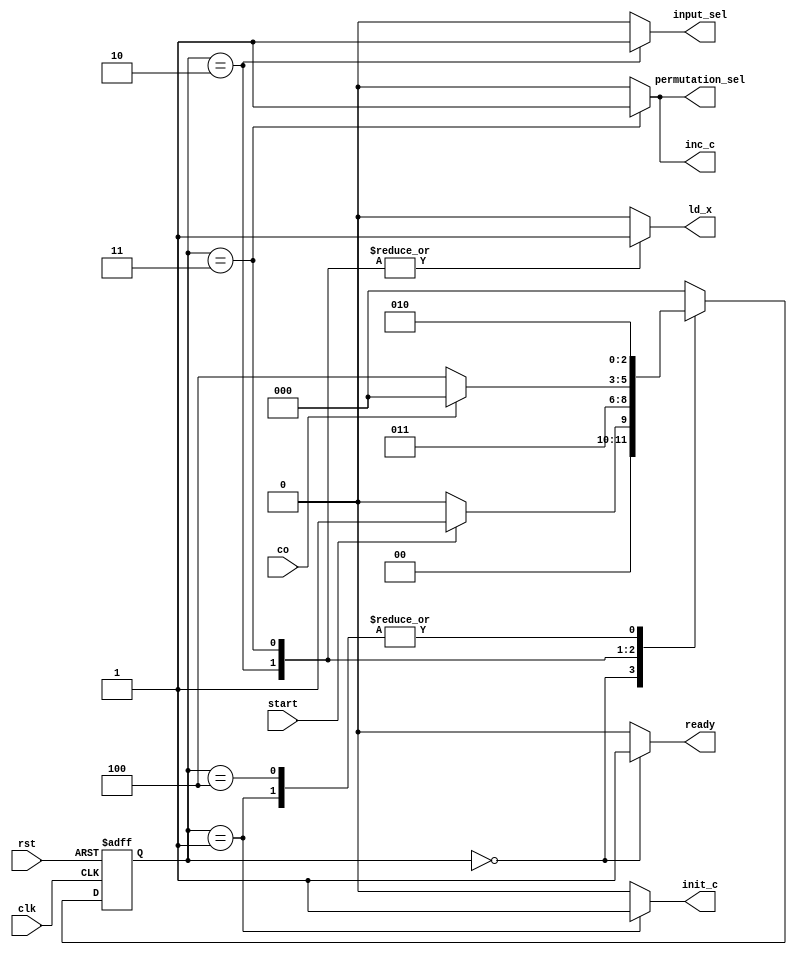
`timescale 1ns/1ns
module permutation_CU (
    input clk, rst, start, co,
    output reg ready, input_sel, permutation_sel, init_c, inc_c, ld_x
);
    parameter[2:0] idle=0, init=1, load_input=2, load_permutation=3, flush=4;
    reg[2:0] pstate, nstate;

    always@ (start, co, pstate) begin

        nstate = 3'b0;
        {ready, input_sel, permutation_sel, init_c, inc_c, ld_x} = 6'b0;

        case(pstate)
            idle            :begin nstate = start ? init : idle; ready=1'b1; end
            init            :begin nstate = load_input; init_c=1'b1; end
            load_input      :begin nstate = load_permutation; ld_x=1'b1; input_sel=1'b1; end
            load_permutation:begin nstate = co ? idle : flush; inc_c = 1'b1; ld_x=1'b1; permutation_sel=1'b1; end
	    flush	    :begin nstate = load_input; end

        endcase

    end

    always@ (posedge clk, posedge rst) begin
        if(rst)
            pstate <= idle;
        else
            pstate <= nstate;
    end        

endmodule